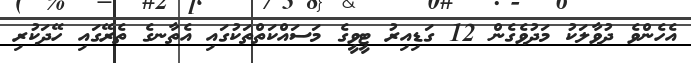
އެހެންވެ ދުވާލަކު މަދުވެގެން 12 ގަޑިއިރު ޓީވީގެ މަސައްކަތްތަކުގައި އެތާނގެ ތެރޭގައި ހޭދަކުރި